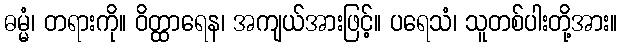
ဓမ္မံ၊ တရားကို။ ဝိတ္ထာရေန၊ အကျယ်အားဖြင့်။ ပရေသံ၊ သူတစ်ပါးတို့အား။